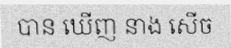
បាន ឃើញ នាង សើច